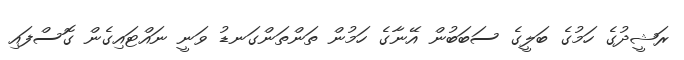
ރަޝީދުގެ ހަމުގެ ބަލީގެ ސަބަބުން އޭނާގެ ހަމުން ތަންތަންގަނޑު ވަނީ ނައްޓައިގެން ގޮސްފައި